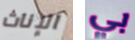
الإناث بي